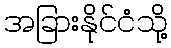
အခြားနိုင်ငံသို့